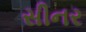
સીનર